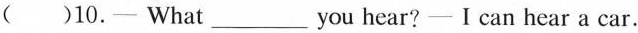
( )10.—What___you hear? —I can hear a car.